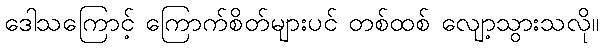
ဒေါသကြောင့် ကြောက်စိတ်များပင် တစ်ထစ် လျော့သွားသလို။